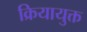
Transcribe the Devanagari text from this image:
क्रियायुक्त